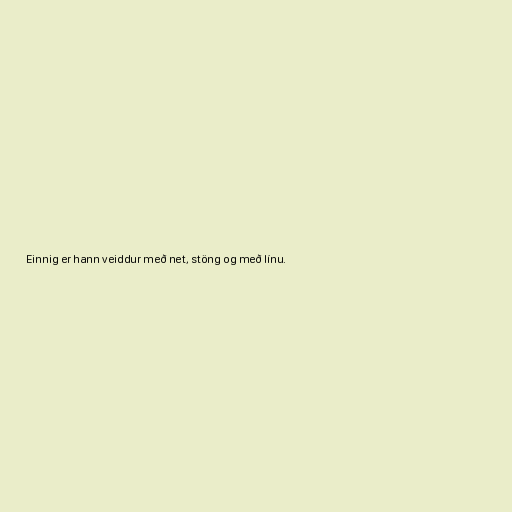
Einnig er hann veiddur með net, stöng og með línu.